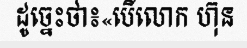
ដូច្នេះថា៖«បើលោក ហ៊ុន